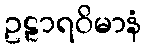
ဥဠာရဝိမာနံ